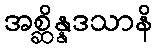
အစ္ဆိန္နဒသာနိ